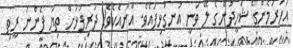
އަހަރަމެންގެ ޝަހީދުންގެ ލޭ ވަނީ އުނގުޅިފައެވެ. އާނއެކެވެ! ދަރިފުޅަށް ތިޔަ ފެންނަ ރީތި